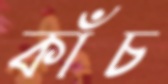
কাঁচ